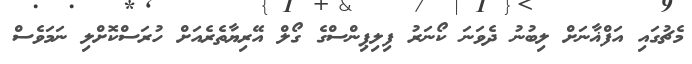
މެޗުގައި އަފްޣާނަށް ލިބުނު ދެވަނަ ކޯނަރު ފިލިޕިންސްގެ ގޯލް އޭރިޔާތެރެއަށް ހުރަސްކޮށްލި ނަމަވެސް